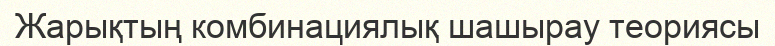
Жарықтың комбинациялық шашырау теориясы